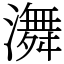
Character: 㵲